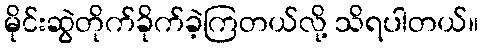
မိုင်းဆွဲတိုက်ခိုက်ခဲ့ကြတယ်လို့ သိရပါတယ်။